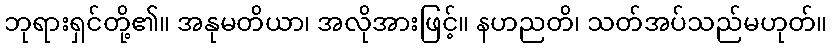
ဘုရားရှင်တို့၏။ အနုမတိယာ၊ အလိုအားဖြင့်။ နဟညတိ၊ သတ်အပ်သည်မဟုတ်။